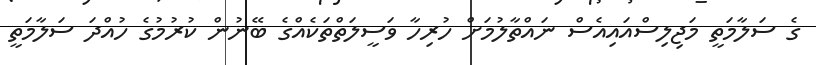
ގެ ސަލާމަތީ މަޖިލިސްއައިއެސް ނައްތާލުމަށް ހުރިހާ ވަސީލަތްތަކެއްގެ ބޭނުން ކުރުމުގެ ހުއްދަ ސަލާމަތީ